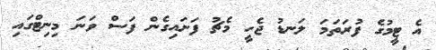
އެ ޓީމުގެ ފުރަތަމަ ލަނޑު ޖެހީ މެޗު ފަށައިގެން ފަސް ވަނަ މިނިޓްގައި